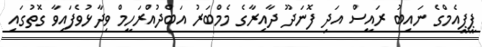
ޕީޕީއެމްގެ ނައިބު ރައީސް އަދި ފޮނަދޫ ދާއިރާގެ މެމްބަރު އަބްދުއްރަހީމް ވިދާޅުވެފައިވާ ގޮތުގައި